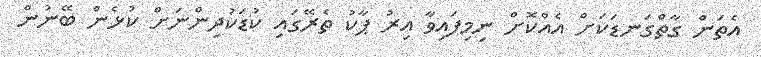
އެތަން ގާތްގަނޑަކަށް އެއްކޮށް ނިމިފައިވާ އިރު ޕާކު ތެރޭގައި ކުޑަކުދިންނަށް ކުޅެން ބޭނުން